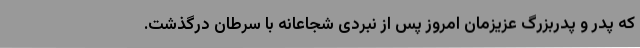
که پدر و پدربزرگ عزیزمان امروز پس از نبردی شجاعانه با سرطان درگذشت.